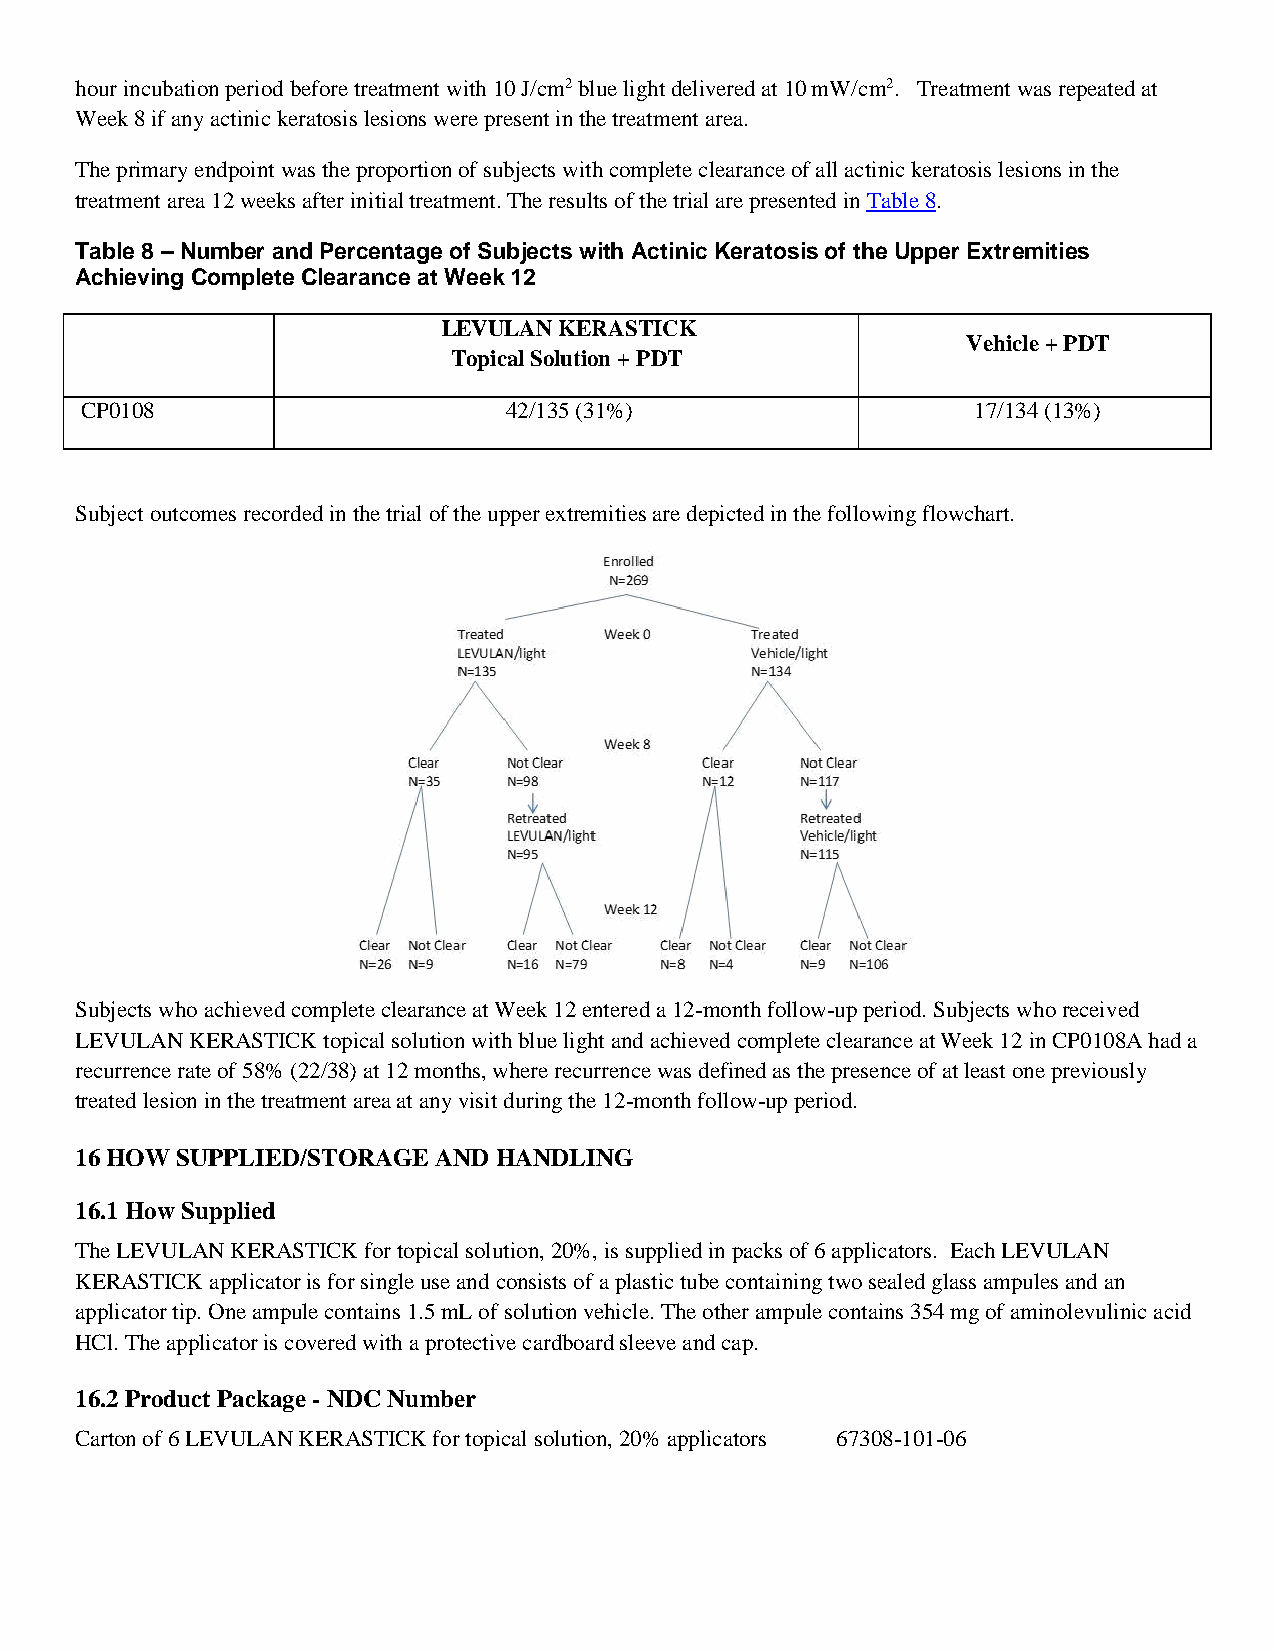
hour incubation period before treatment with 10 J/cm2 blue light delivered at 10 mW/cm2. Treatment was repeated at
 Week 8 if any actinic keratosis lesions were present in the treatment area.
 The primary endpoint was the proportion of subjects with complete clearance of all actinic keratosis lesions in the
 treatment area 12 weeks after initial treatment. The results of the trial are presented in Table 8.
 Table 8 – Number and Percentage of Subjects with Actinic Keratosis of the Upper Extremities
 Achieving Complete Clearance at Week 12
 LEVULAN KERASTICK
 Vehicle + PDT
 Topical Solution + PDT
 CP0108                      42/135 (31%)                    17/134 (13%)
 Subject outcomes recorded in the trial of the upper extremities are depicted in the following flowchart.
 Subjects who achieved complete clearance at Week 12 entered a 12-month follow-up period. Subjects who received
 LEVULAN KERASTICK topical solution with blue light and achieved complete clearance at Week 12 in CP0108A had a
 recurrence rate of 58% (22/38) at 12 months, where recurrence was defined as the presence of at least one previously
 treated lesion in the treatment area at any visit during the 12-month follow-up period.
 16 HOW SUPPLIED/STORAGE AND HANDLING
 16.1 How Supplied
 The LEVULAN KERASTICK for topical solution, 20%, is supplied in packs of 6 applicators. Each LEVULAN
 KERASTICK applicator is for single use and consists of a plastic tube containing two sealed glass ampules and an
 applicator tip. One ampule contains 1.5 mL of solution vehicle. The other ampule contains 354 mg of aminolevulinic acid
 HCl. The applicator is covered with a protective cardboard sleeve and cap.
 16.2 Product Package - NDC Number
 Carton of 6 LEVULAN KERASTICK for topical solution, 20% applicators 67308-101-06